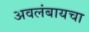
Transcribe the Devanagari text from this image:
अवलंबायचा